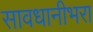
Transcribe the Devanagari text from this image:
सावधानीभरा